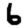
Digit: 6